Vaccination in Bombay 1889-1901 - 1889-1901
Year: 1889
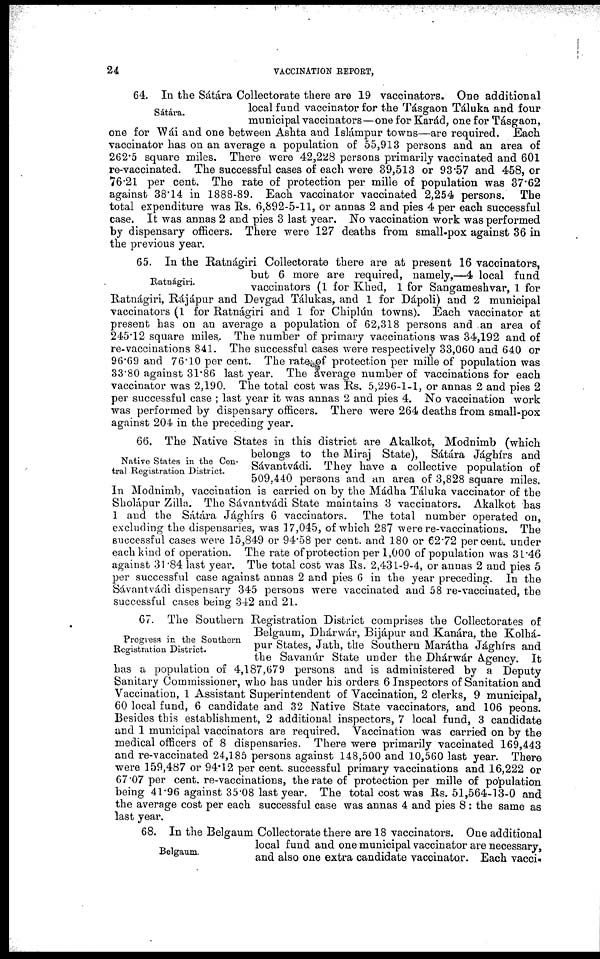
24
VACCINATION REPORT,
Sátára.
64. In the Sátára Collectorate there are 19 vaccinators. One additional
local fund vaccinator for the Tásgaon Táluka and four
municipal vaccinators—one for Karád, one for Tásgaon,
one for Wái and one between Ashta and Islámpur towns—are required. Each
vaccinator has on an average a population of 55,913 persons and an area of
262.5 square miles. There were 42,228 persons primarily vaccinated and 601
re-vaccinated. The successful cases of each were 39,513 or 93.57 and 458, or
76.21 per cent. The rate of protection per mille of population was 37.62
against 38.14 in 1888-89. Each vaccinator vaccinated 2,254 persons. The
total expenditure was Rs. 6,892-5-11, or annas 2 and pies 4 per each successful
case. It was annas 2 and pies 3 last year. No vaccination work was performed
by dispensary officers. There were 127 deaths from small-pox against 36 in
the previous year.
Ratnágiri.
65. In the Ratnágiri Collectorate there are at present 16 vaccinators,
but 6 more are required, namely,—4 local fund
vaccinators (1 for Khed, 1 for Sangameshvar, 1 for
Ratnágiri, Rájápur and Devgad Tálukas, and 1 for Dápoli) and 2 municipal
vaccinators (1 for Ratnágiri and 1 for Chiplún towns). Each vaccinator at
present has on an average a population of 62,318 persons and an area of
245.12 square miles. The number of primary vaccinations was 34,192 and of
re-vaccinations 841. The successful cases were respectively 33,060 and 640 or
96.69 and 76.10 per cent. The rate of protection per mille of population was
33.80 against 31.86 last year. The average number of vaccinations for each
vaccinator was 2,190. The total cost was Rs. 5,296-1-1, or annas 2 and pies 2
per successful case ; last year it was annas 2 and pies 4. No vaccination work
was performed by dispensary officers. There were 264 deaths from small-pox
against 204 in the preceding year.
Native States in the Cen-
tral Registration District.
66. The Native States in this district are Akalkot, Modnimb (which
belongs to the Miraj State), Sátára Jághírs and
Sávantvádi. They have a collective population of
509,440 persons and an area of 3,828 square miles.
In Modnimb, vaccination is carried on by the Mádha Táluka vaccinator of the
Sholápur Zilla. The Sávantvádi State maintains 3 vaccinators. Akalkot has
1 and the Sátára Jághírs 6 vaccinators. The total number operated on,
excluding the dispensaries, was 17,045, of which 287 were re-vaccinations. The
successful cases were 15,849 or 94.58 per cent. and 180 or 62.72 percent. under
each kind of operation. The rate of protection per 1,000 of population was 31.46
against 31.84 last year. The total cost was Rs. 2,431-9-4, or annas 2 and pies 5
per successful case against annas 2 and pies 6 in the year preceding. In the
Sávantvádi dispensary 345 persons were vaccinated and 58 re-vaccinated, the
successful cases being 342 and 21.
Progress in the Southern
Registration District.
67. The Southern Registration District comprises the Collectorates of
Belgaum, Dhárwár, Bijápur and Kanára, the Kolhá-
pur States, Jath, the Southern Marátha Jághírs and
the Savanúr State under the Dhárwár Agency. It
has a population of 4,187,679 persons and is administered by a Deputy
Sanitary Commissioner, who has under his orders 6 Inspectors of Sanitation and
Vaccination, 1 Assistant Superintendent of Vaccination, 2 clerks, 9 municipal,
60 local fund, 6 candidate and 32 Native State vaccinators, and 106 peons.
Besides this establishment, 2 additional inspectors, 7 local fund, 3 candidate
and 1 municipal vaccinators are required. Vaccination was carried on by the
medical officers of 8 dispensaries. There were primarily vaccinated 169,443
and re-vaccinated 24,185 persons against 148,500 and 10,560 last year. There
were 159,487 or 94.12 per cent. successful primary vaccinations and 16,222 or
67.07 per cent. re-vaccinations, the rate of protection per mille of population
being 41.96 against 35.08 last year. The total cost was Rs. 51,564-13-0 and
the average cost per each successful case was annas 4 and pies 8 : the same as
last year.
Belgaum.
68. In the Belgaum Collectorate there are 18 vaccinators. One additional
local fund and one municipal vaccinator are necessary,
and also one extra candidate vaccinator. Each vacci-